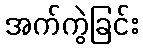
အက်ကွဲခြင်း